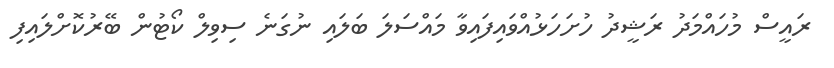
ރައީސް މުހައްމަދު ރަޝީދު ހުށަހަޅުއްވައިފައިވާ މައްސަލަ ބަލައި ނުގަނެ ސިވިލް ކޯޓުން ބޭރުކޮށްލައިފި